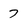
Character: 7